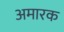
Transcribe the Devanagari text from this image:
अमारक